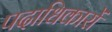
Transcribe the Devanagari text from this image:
पदाधिकारों